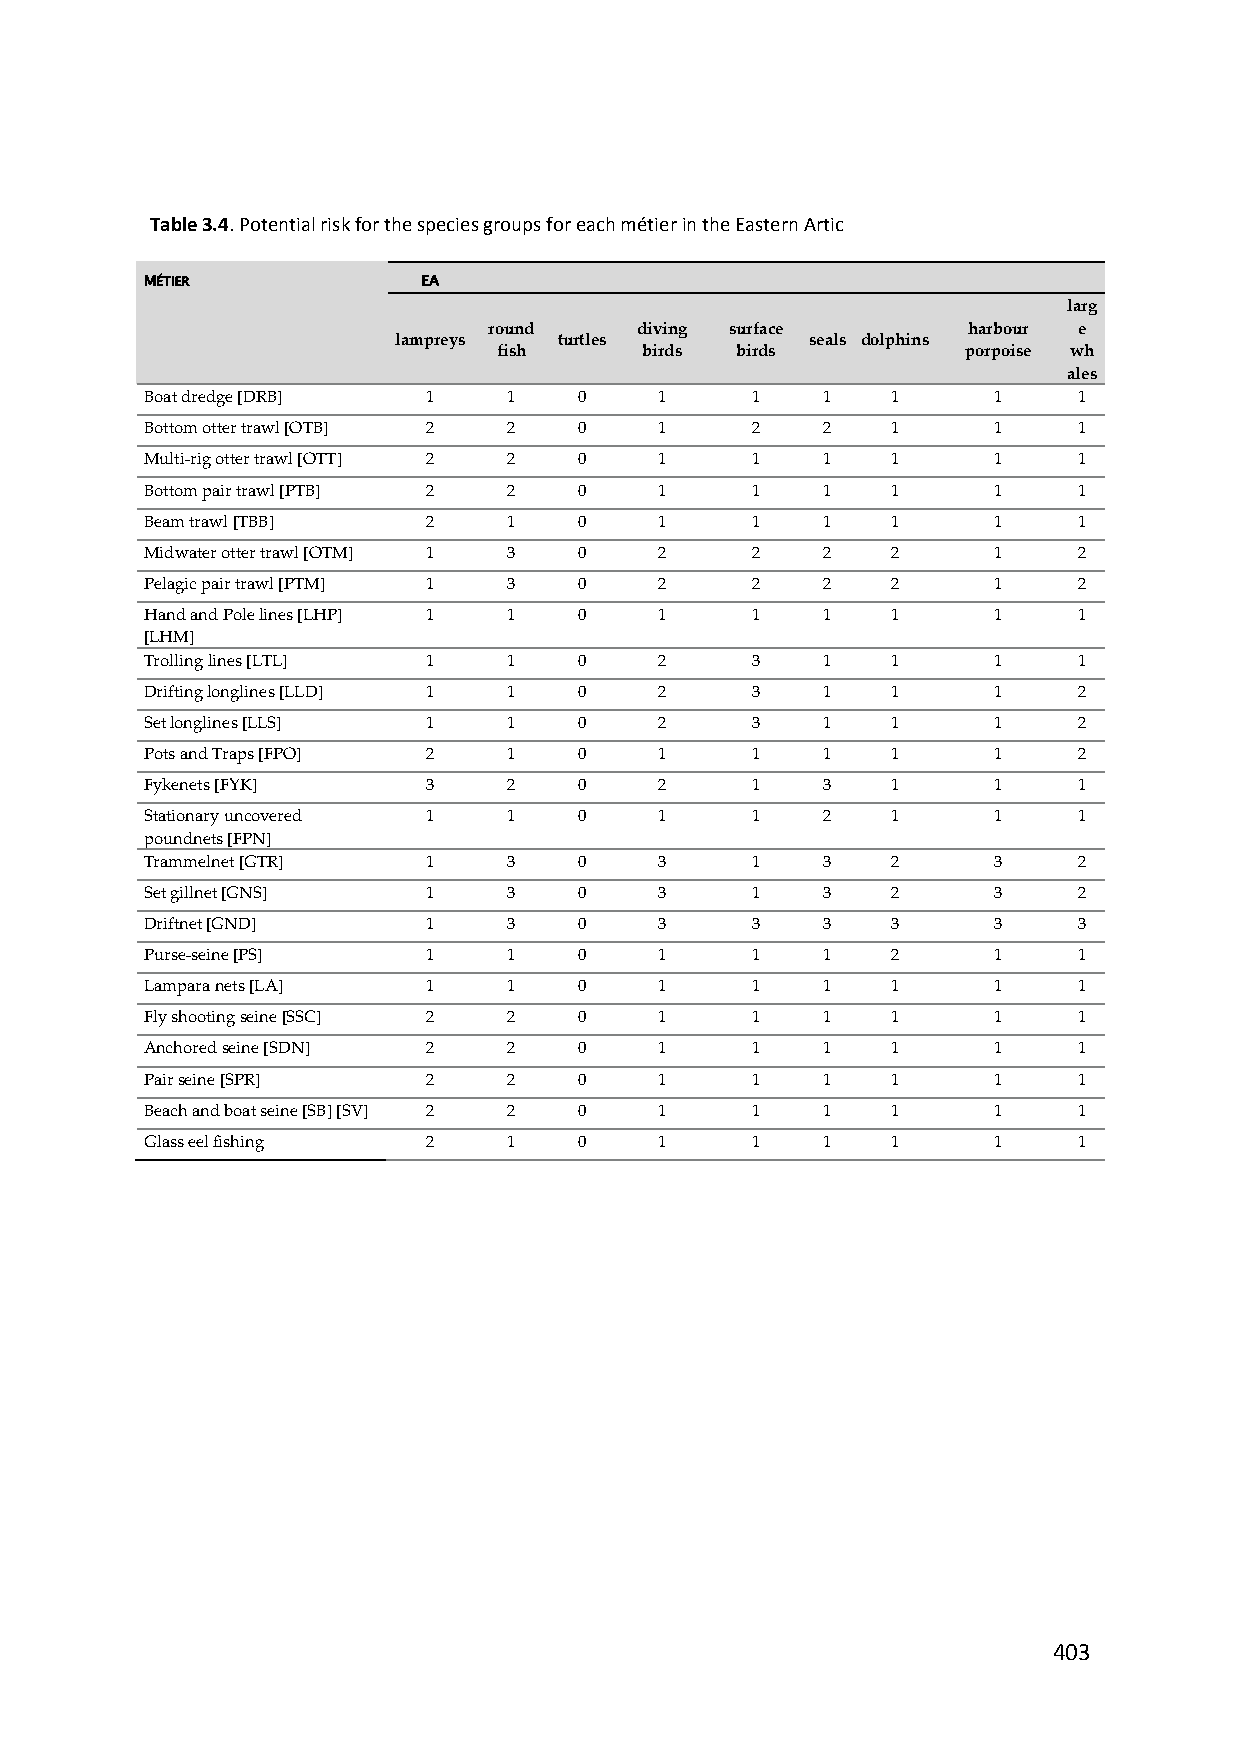
Table 3.4. Potential risk for the species groups for each métier in the Eastern Artic
 MÉTIER            EA
 larg
 round     diving surface        harbour e
 lampreys   turtles          seals dolphins
 fish     birds  birds          porpoise wh
 ales
 Boat dredge [DRB] 1     1   0     1     1   1    1      1    1
 Bottom otter trawl [OTB] 2 2 0    1     2   2    1      1    1
 Multi‐rig otter trawl [OTT] 2 2 0 1     1   1    1      1    1
 Bottom pair trawl [PTB] 2 2 0     1     1   1    1      1    1
 Beam trawl [TBB]  2     1   0     1     1   1    1      1    1
 Midwater otter trawl [OTM] 1 3 0  2     2   2    2      1    2
 Pelagic pair trawl [PTM] 1 3 0    2     2   2    2      1    2
 Hand and Pole lines [LHP] 1 1 0   1     1   1    1      1    1
 [LHM]
 Trolling lines [LTL] 1  1   0     2     3   1    1      1    1
 Drifting longlines [LLD] 1 1 0    2     3   1    1      1    2
 Set longlines [LLS] 1   1   0     2     3   1    1      1    2
 Pots and Traps [FPO] 2  1   0     1     1   1    1      1    2
 Fykenets [FYK]    3     2   0     2     1   3    1      1    1
 Stationary uncovered 1  1   0     1     1   2    1      1    1
 poundnets [FPN]
 Trammelnet [GTR]  1     3   0     3     1   3    2      3    2
 Set gillnet [GNS] 1     3   0     3     1   3    2      3    2
 Driftnet [GND]    1     3   0     3     3   3    3      3    3
 Purse‐seine [PS]  1     1   0     1     1   1    2      1    1
 Lampara nets [LA] 1     1   0     1     1   1    1      1    1
 Fly shooting seine [SSC] 2 2 0    1     1   1    1      1    1
 Anchored seine [SDN] 2  2   0     1     1   1    1      1    1
 Pair seine [SPR]  2     2   0     1     1   1    1      1    1
 Beach and boat seine [SB] [SV] 2 2 0 1  1   1    1      1    1
 Glass eel fishing 2     1   0     1     1   1    1      1    1
 403